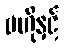
ဗဟိုနှင့်